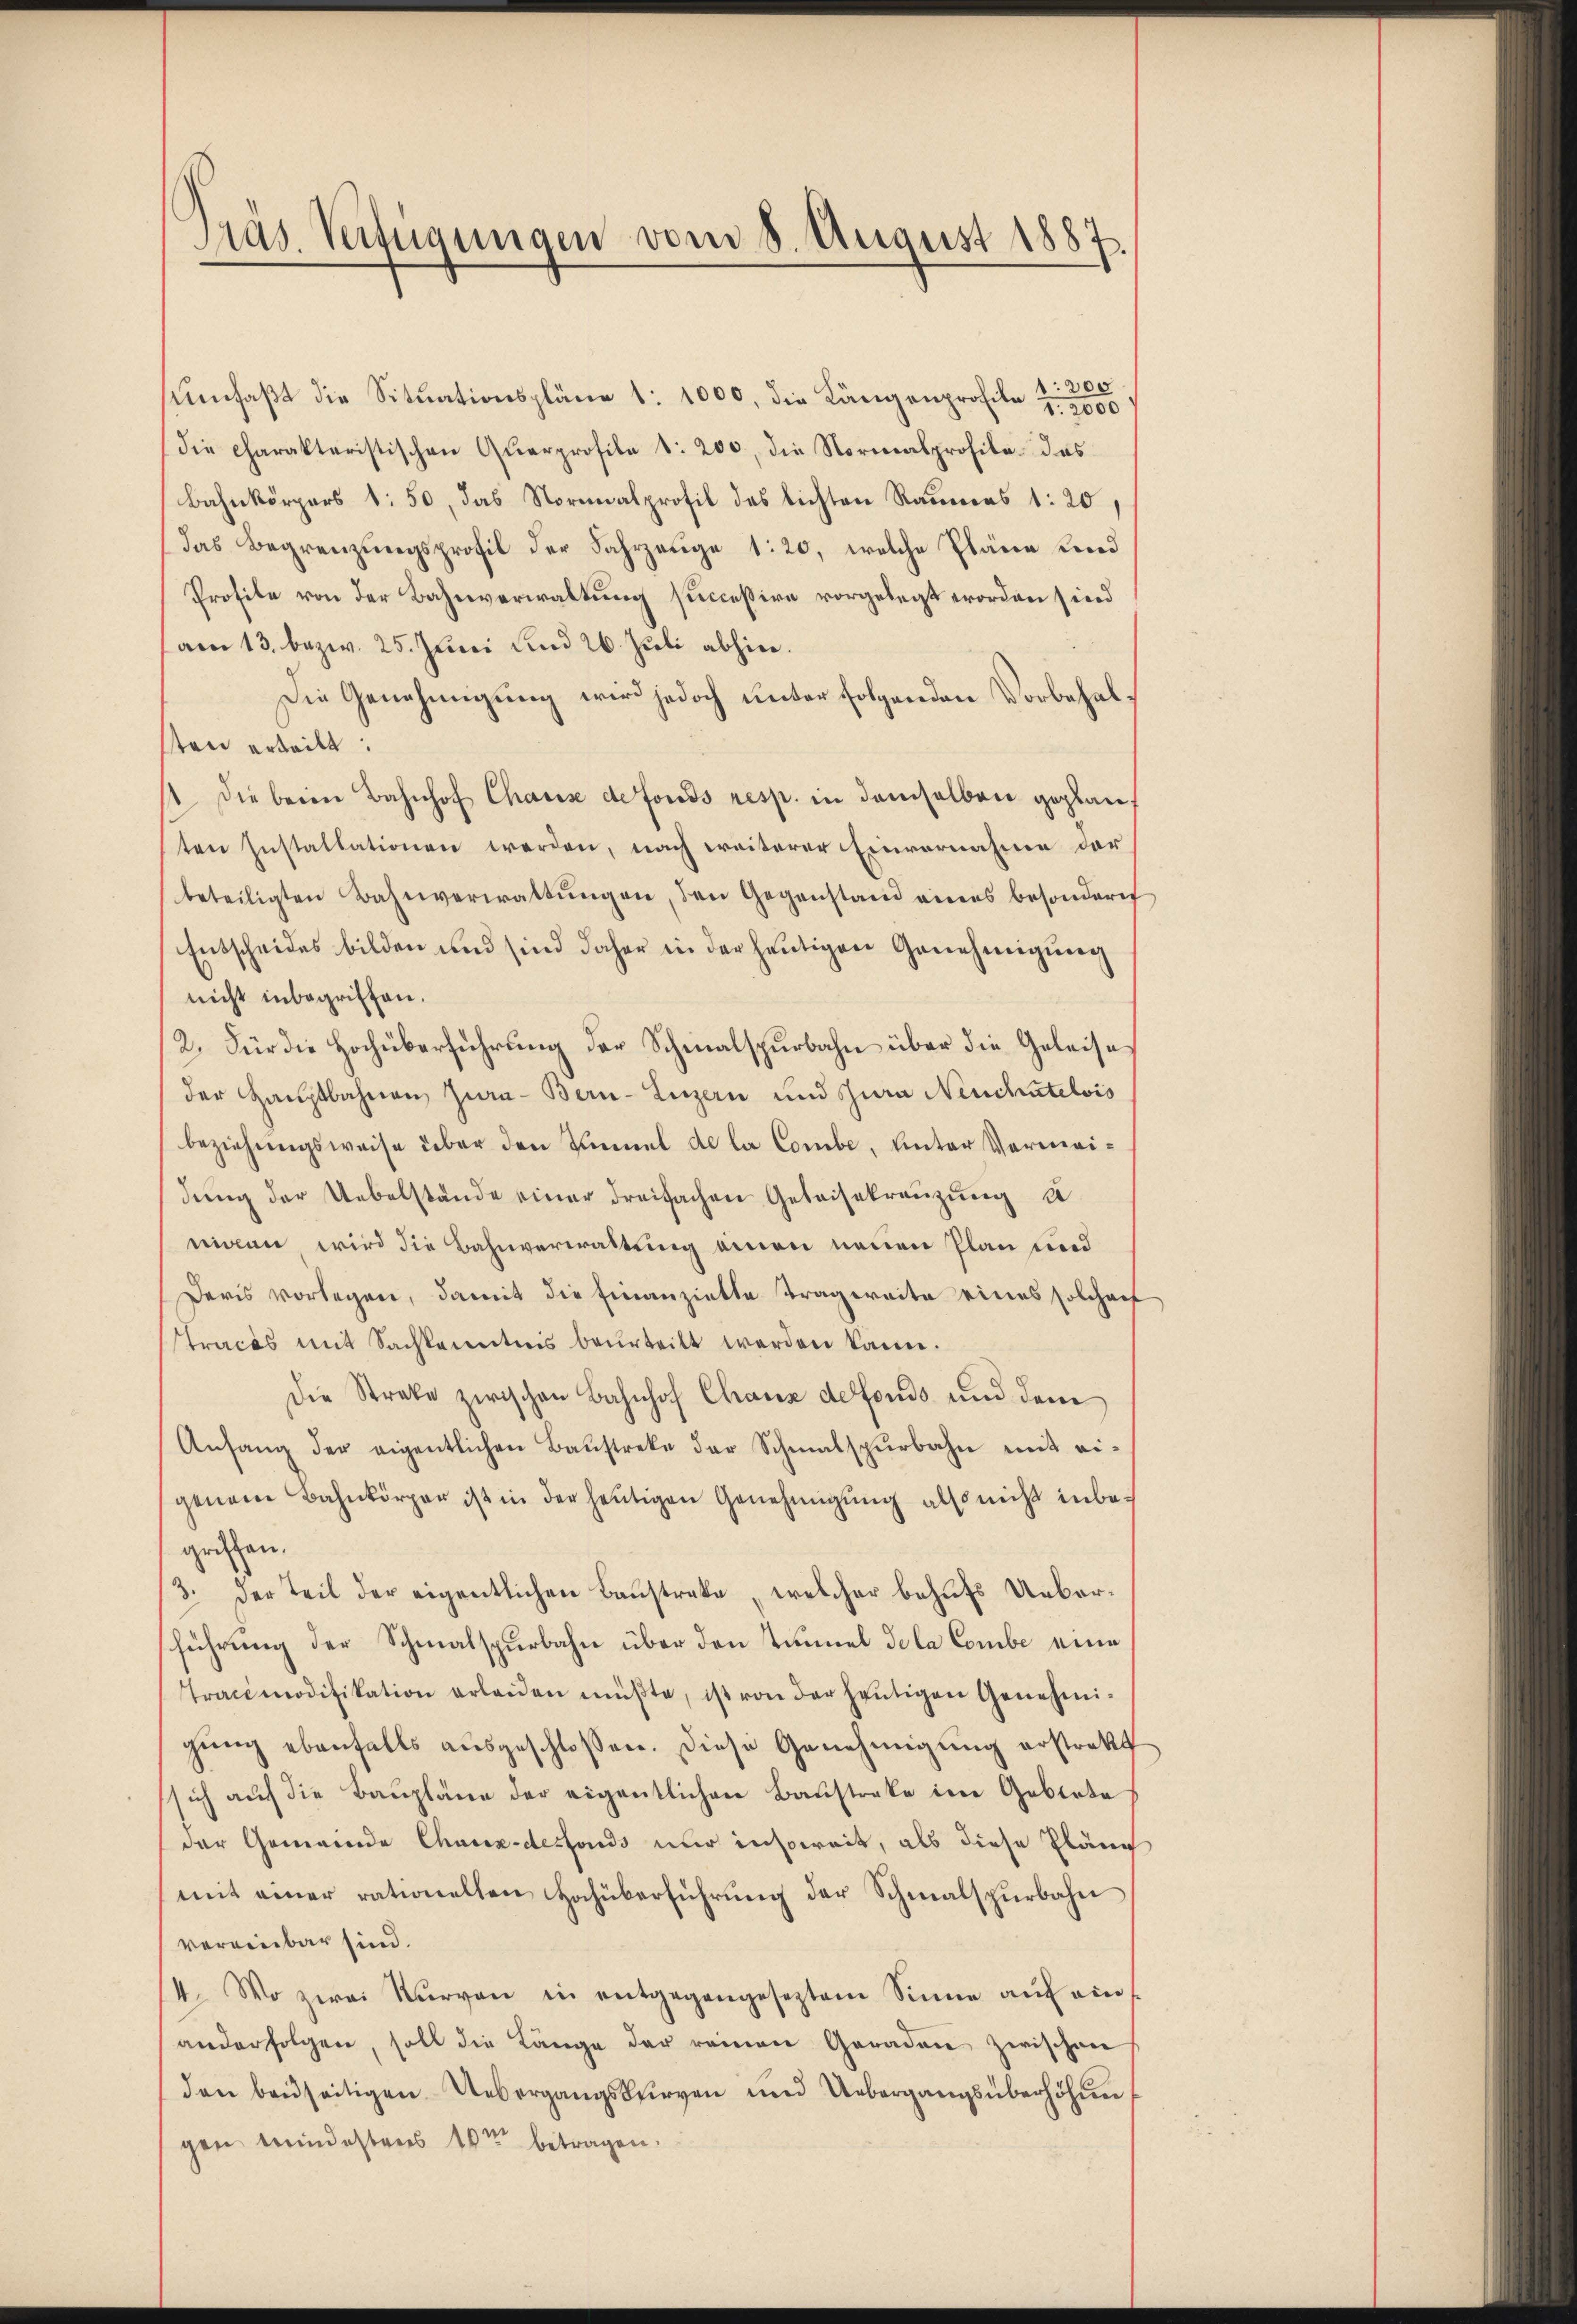
Träs Verfügungen vom 8. August 1887

200
Umfaßt die Situationspläne 1: 1000, die Längenprofile u. 2000
die charakteristischen Querprofile d: 200, die Normalprofile das
Bahnkörpers 1: 50, das Normalprofil des lichten Raumes 1: 20,
das Begrenzungsprofil der Fahrzeuge 1:20, welche Pläne und
Profile von der Bahnverwaltung successive vorgelegt worden sind
am 13. bezw. 25. Juni und 26. Juli abhin.
Die Genehmigung wird jedoch unter folgenden Vorbehalsten erteilt.
1. Die beim Bahnhof Chause de fonds resp. in demselben geplauf
ten Instaltationen werden, nach weiterer Einvernahme der
beteiligten Bahnverwaltŭngen, den Gegenstand eines besondern
Entscheides bilden und sind daher in der heutigen Genehmigung
nicht inbegriffen.
2. Für die Hochüberführŭng der Schmalspurbahn über die Geleise
der Hauptbahren Jura - Bern-Luzern und Jura Neuchatelvis
beziehungsweise über den Zimmel de la Combe, unter Vermeidŭng der Uebelstände einer dreifachen Geleisekreuzung de
migen wird die Bahnverwaltung einen neuen Plan und
Deris vorlegen, damit die Finanzielte Tragweite eines solchenf
Traces mit Sachkenntnis beurteilt werden kann.
Die Streke zwischen Bahnhof Chaux de fonds und dem
Anhang der eigentlichen Baŭstreke der Schmalspŭrbahn mit ei-
genem Bahnkörper ist in der heŭtigen Genehmigŭng also nicht inbegriffen.
3. der Teil der eigentlichen Baustreke, welcher behufs Ueberführung der Schmalspurbahn über den Tunnel dola Combe eine
Tracimodifikation erleiden müβte, ist von der heŭtigen Genehmi-
gŭng ebenfalls aŭsgeschlossen. Diese Genehmigung erstrakt
sich auf die Baŭpläne der eigentlichen Baustreke im Gebiete
der Gemeinde Chaux-desfonds nur insoweit, als diese Pläne
(mit einer rationellen Hochüberführung der Schmalspurbahn
vereinbar sind.
14. Wo zwai Kŭrvon in entgegengeseztem Sinne aŭf ein
anderfolgen, soll die Länge der reinen Geraden zwischen
den beidseitigen Uebergangskurven und Uebergangsüberhöhun
gen Mindestens 10ten betragen.